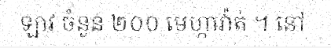
ឡាវ ចំនួន ២០០ មេហ្កាវ៉ាត់ ។ នៅ